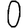
Digit: 0